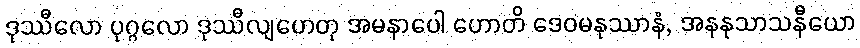
ဒုဿီလော ပုဂ္ဂလော ဒုဿီလျဟေတု အမနာပေါ ဟောတိ ဒေဝမနုဿာနံ, အနနုသာသနီယော